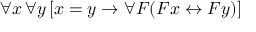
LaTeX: \forall x \, \forall y \, [ x = y \rightarrow \forall F ( F x \leftrightarrow F y ) ]